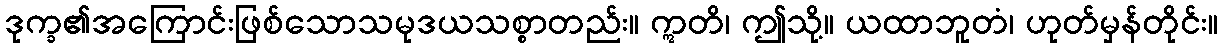
ဒုက္ခ၏အကြောင်းဖြစ်သောသမုဒယသစ္စာတည်း။ ဣတိ၊ ဤသို့။ ယထာဘူတံ၊ ဟုတ်မှန်တိုင်း။